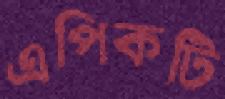
এপিকটি